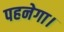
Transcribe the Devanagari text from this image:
पहनेगा।